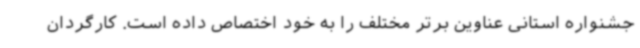
جشنواره استانی عناوین برتر مختلف را به خود اختصاص داده است. کارگردان